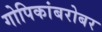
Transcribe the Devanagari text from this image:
गोपिकांबरोबर